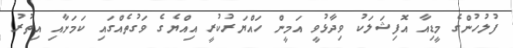
ފުލުހުންގެ މީޑިއާ އޮފިޝަލަކު ވިދާޅުވީ އަމީން ހައްޔަރުކުރީ އިއްޔެގެ ވަގުތެއްގައި ކަމަށާއި އިތުރު